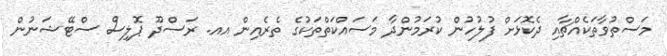
މަސްތުވާތަކެއްޗާއި ދެކޮޅަށް ފުލުހުން ކުރަމުންދާ މަސައްކަތްތަކުގެ ތެރެއިން އއ. ރަސްދޫ ޕޮލިސް ސްޓޭޝަނުން